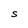
Character: S